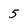
Character: 5